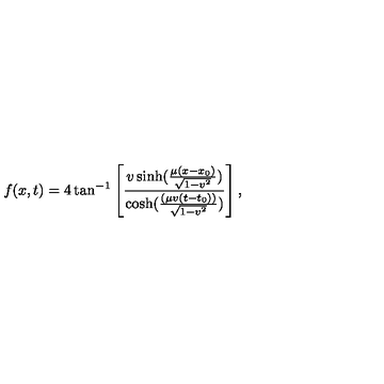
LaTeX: f ( x , t ) = 4 \tan ^ { - 1 } \left[ \frac { v \sinh ( \frac { \mu ( x - x _ { 0 } ) } { \sqrt { 1 - v ^ { 2 } } } ) } { \cosh ( \frac { ( \mu v ( t - t _ { 0 } ) ) } { \sqrt { 1 - v ^ { 2 } } } ) } \right] ,